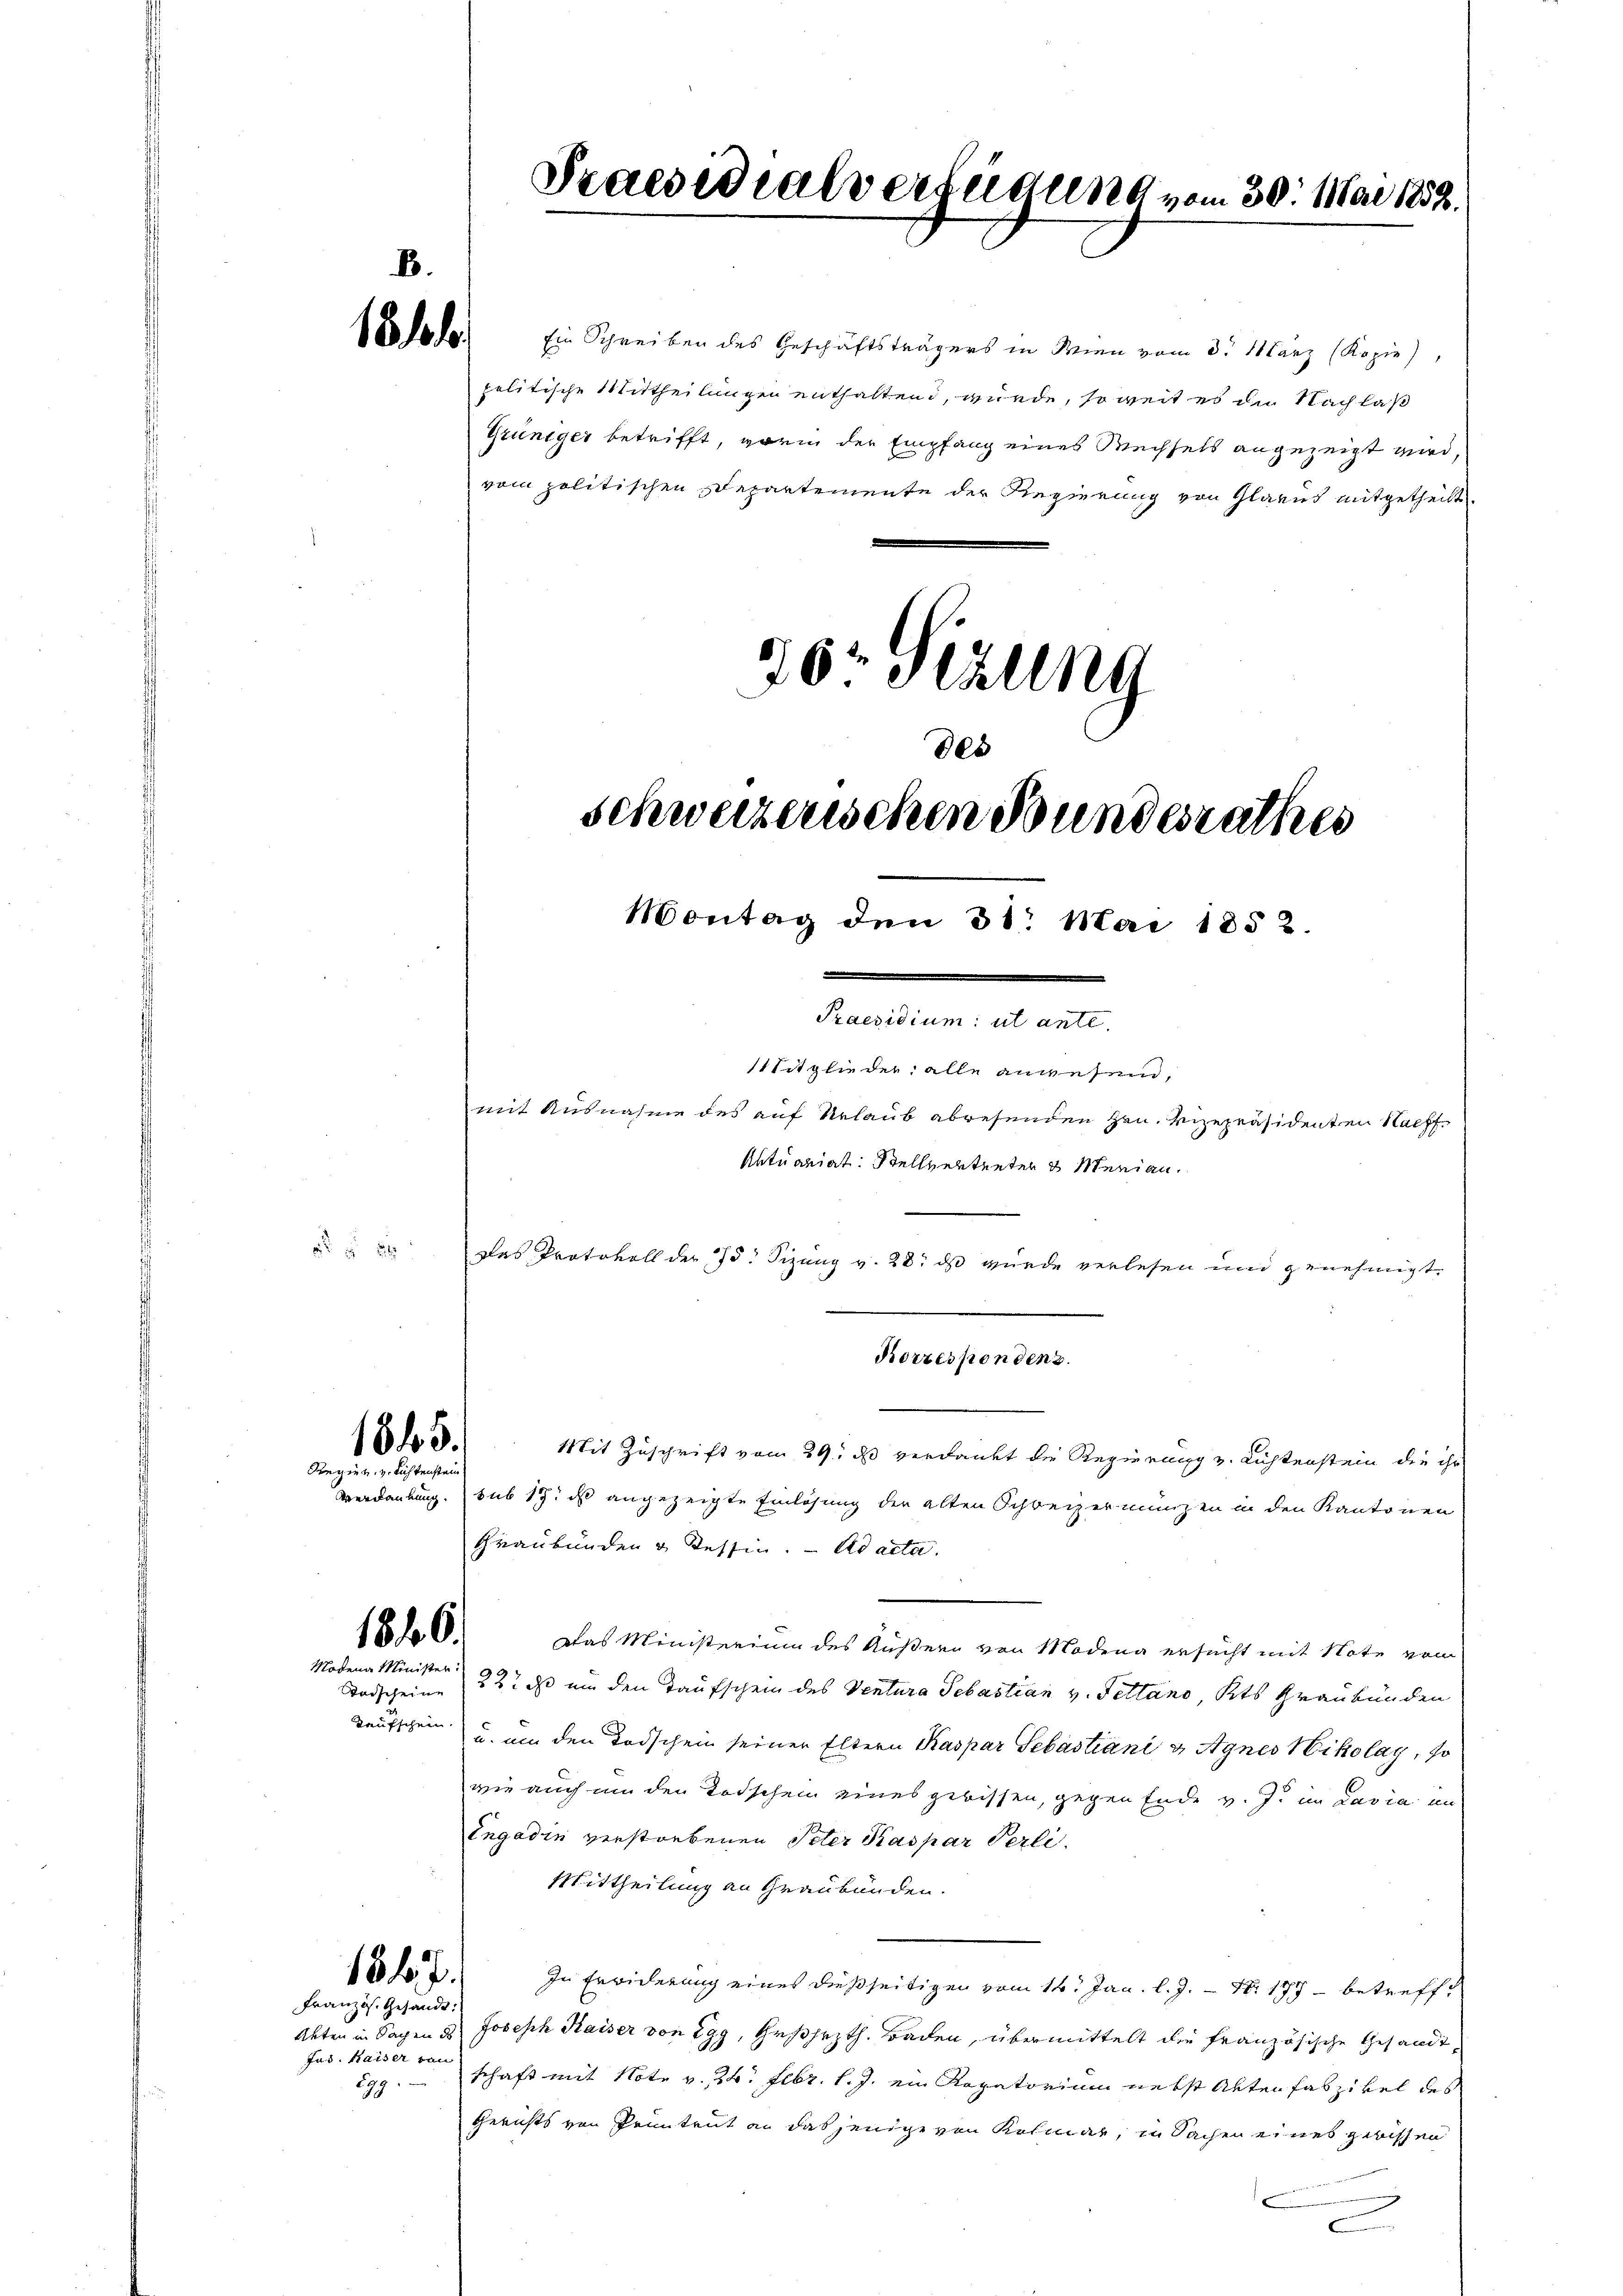
1816

xx

1845.
Sregier. v. Richtenstein

1846.
Modena Minister:

1847.
Französ. Gesandte.

Jus. Kaiser von
299.

Ein Schreiben des Geschäftsträgers in Wien vom 3. März (Kopie),
politische Mittheilungen enthaltend, wurde, so weit es die Nachlaß
Grüniger betrifft, worin der Empfang eines Wechsels angezeigt wird,
vom politischen Departemente der Regierung von Glarus mitgetheilt
26 Sezung

.
11titglieder alle anwesend
mit Ausnahme des auf Urlaub abwesenden Hrn. Vizepräsidenten Nach¬
Aktuariat: Stellvertreter & Merian.
Das Protokoll der 75. Sizung v. 28. ds wurde verlesen und genehmigt.
Mit Zuschrift vom 29. ds verdankt die Regierung v. Lichtenstein die ihr
Verdankung. sub 17. ds angezeigte Einlösung der alten Schweizermünzen in den Kantonen
Graubünden und Tessin. ad acta.
Das Ministerium des Äußern von Modena ersucht mit Note vom
Tadscheine 23. ds um den Taufschein des Ventura Sebastian v. Fettano Kts Graubünden
Taufschein u. um den Todschein seiner Eltern Kaspar Sebastiani u Agnes Nikolay, so
wie auch um den Todschein eines gebissen, gegen Ende v. J. im Lavia in
Engadin verstorbenen Peter Kaspar Perli
Mittheilung an Graubünden.
In Erwiderung eines dießseitigen vom 14. Jan. l. J. Nr. 177 - betreff¬
Akten in Sachen & Joseph Kaiser von Egg, Gesezth. Baden, übermittelt die französische Gesandt,
schaft mit Note v. 24. Febr. l. J. ein Rogatorium nebst Akten Faszikel des
Gerichts von Prunteut an dasjenige von Kolmar, in Sachen eines gwissen
e

Praesidialverfügung vom 30. Mai 1852.

des
schwerzenschen Bundesrathes
Montag den 31. Mai 1853.

Praesidium: ut ante.

Korrespondenz.